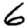
Digit: 6